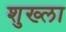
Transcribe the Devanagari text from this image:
शुख्ला